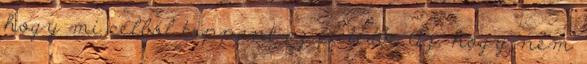
hogy mi célból toppant az életedbe Az, hogy nem